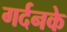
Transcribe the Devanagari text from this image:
गर्दनके